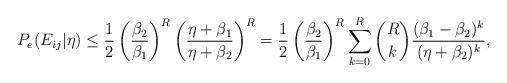
LaTeX: \begin{align*}P_{e}(E_{ij}|\eta) \leq \frac{1}{2}\left(\frac{\beta_2}{\beta_1}\right)^R \left( \frac{\eta+\beta_1}{\eta+\beta_2} \right)^R=\frac{1}{2}\left(\frac{\beta_2}{\beta_1} \right)^R \sum \limits_{k=0}^{R} \binom{R}{k} \frac{(\beta_1-\beta_2)^k}{(\eta+\beta_2)^k},\end{align*}